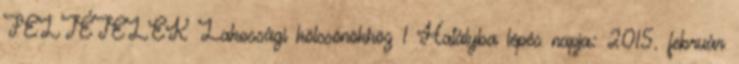
FELTÉTELEK Lakossági kölcsönökhöz 1 Hatályba lépés napja: 2015. február